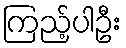
ကြည့်ပါဦး